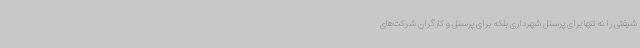
شیفتی را نه تنها برای پرسنل شهرداری بلکه برای پرسنل و کارگران شرکت‌های